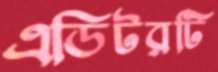
এডিটরটি